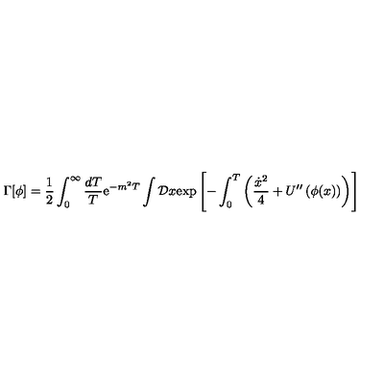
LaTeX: \Gamma [ \phi ] = { \frac { 1 } { 2 } } \int _ { 0 } ^ { \infty } { \frac { d T } { T } } \mathrm { e } ^ { - m ^ { 2 } T } \int { \cal D } x \mathrm { e x p } \left[ - \int _ { 0 } ^ { T } \left( { \frac { { \dot { x } } ^ { 2 } } { 4 } } + U ^ { \prime \prime } \left( \phi ( x ) \right) \right) \right]